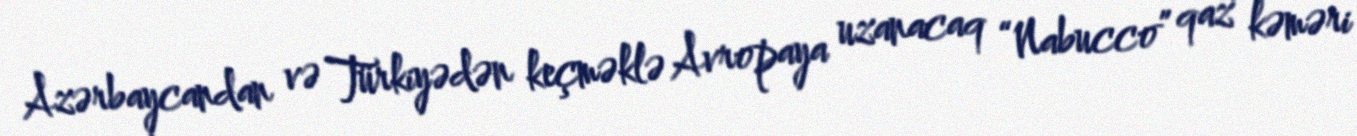
Azərbaycandan və Türkiyədən keçməklə Avropaya uzanacaq “Nabucco” qaz kəməri